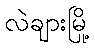
လဲချားမြို့